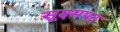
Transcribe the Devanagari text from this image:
सूक्ष्मपट